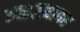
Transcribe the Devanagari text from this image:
आइज़हावर